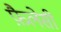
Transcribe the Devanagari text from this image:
फ़ैलेसी